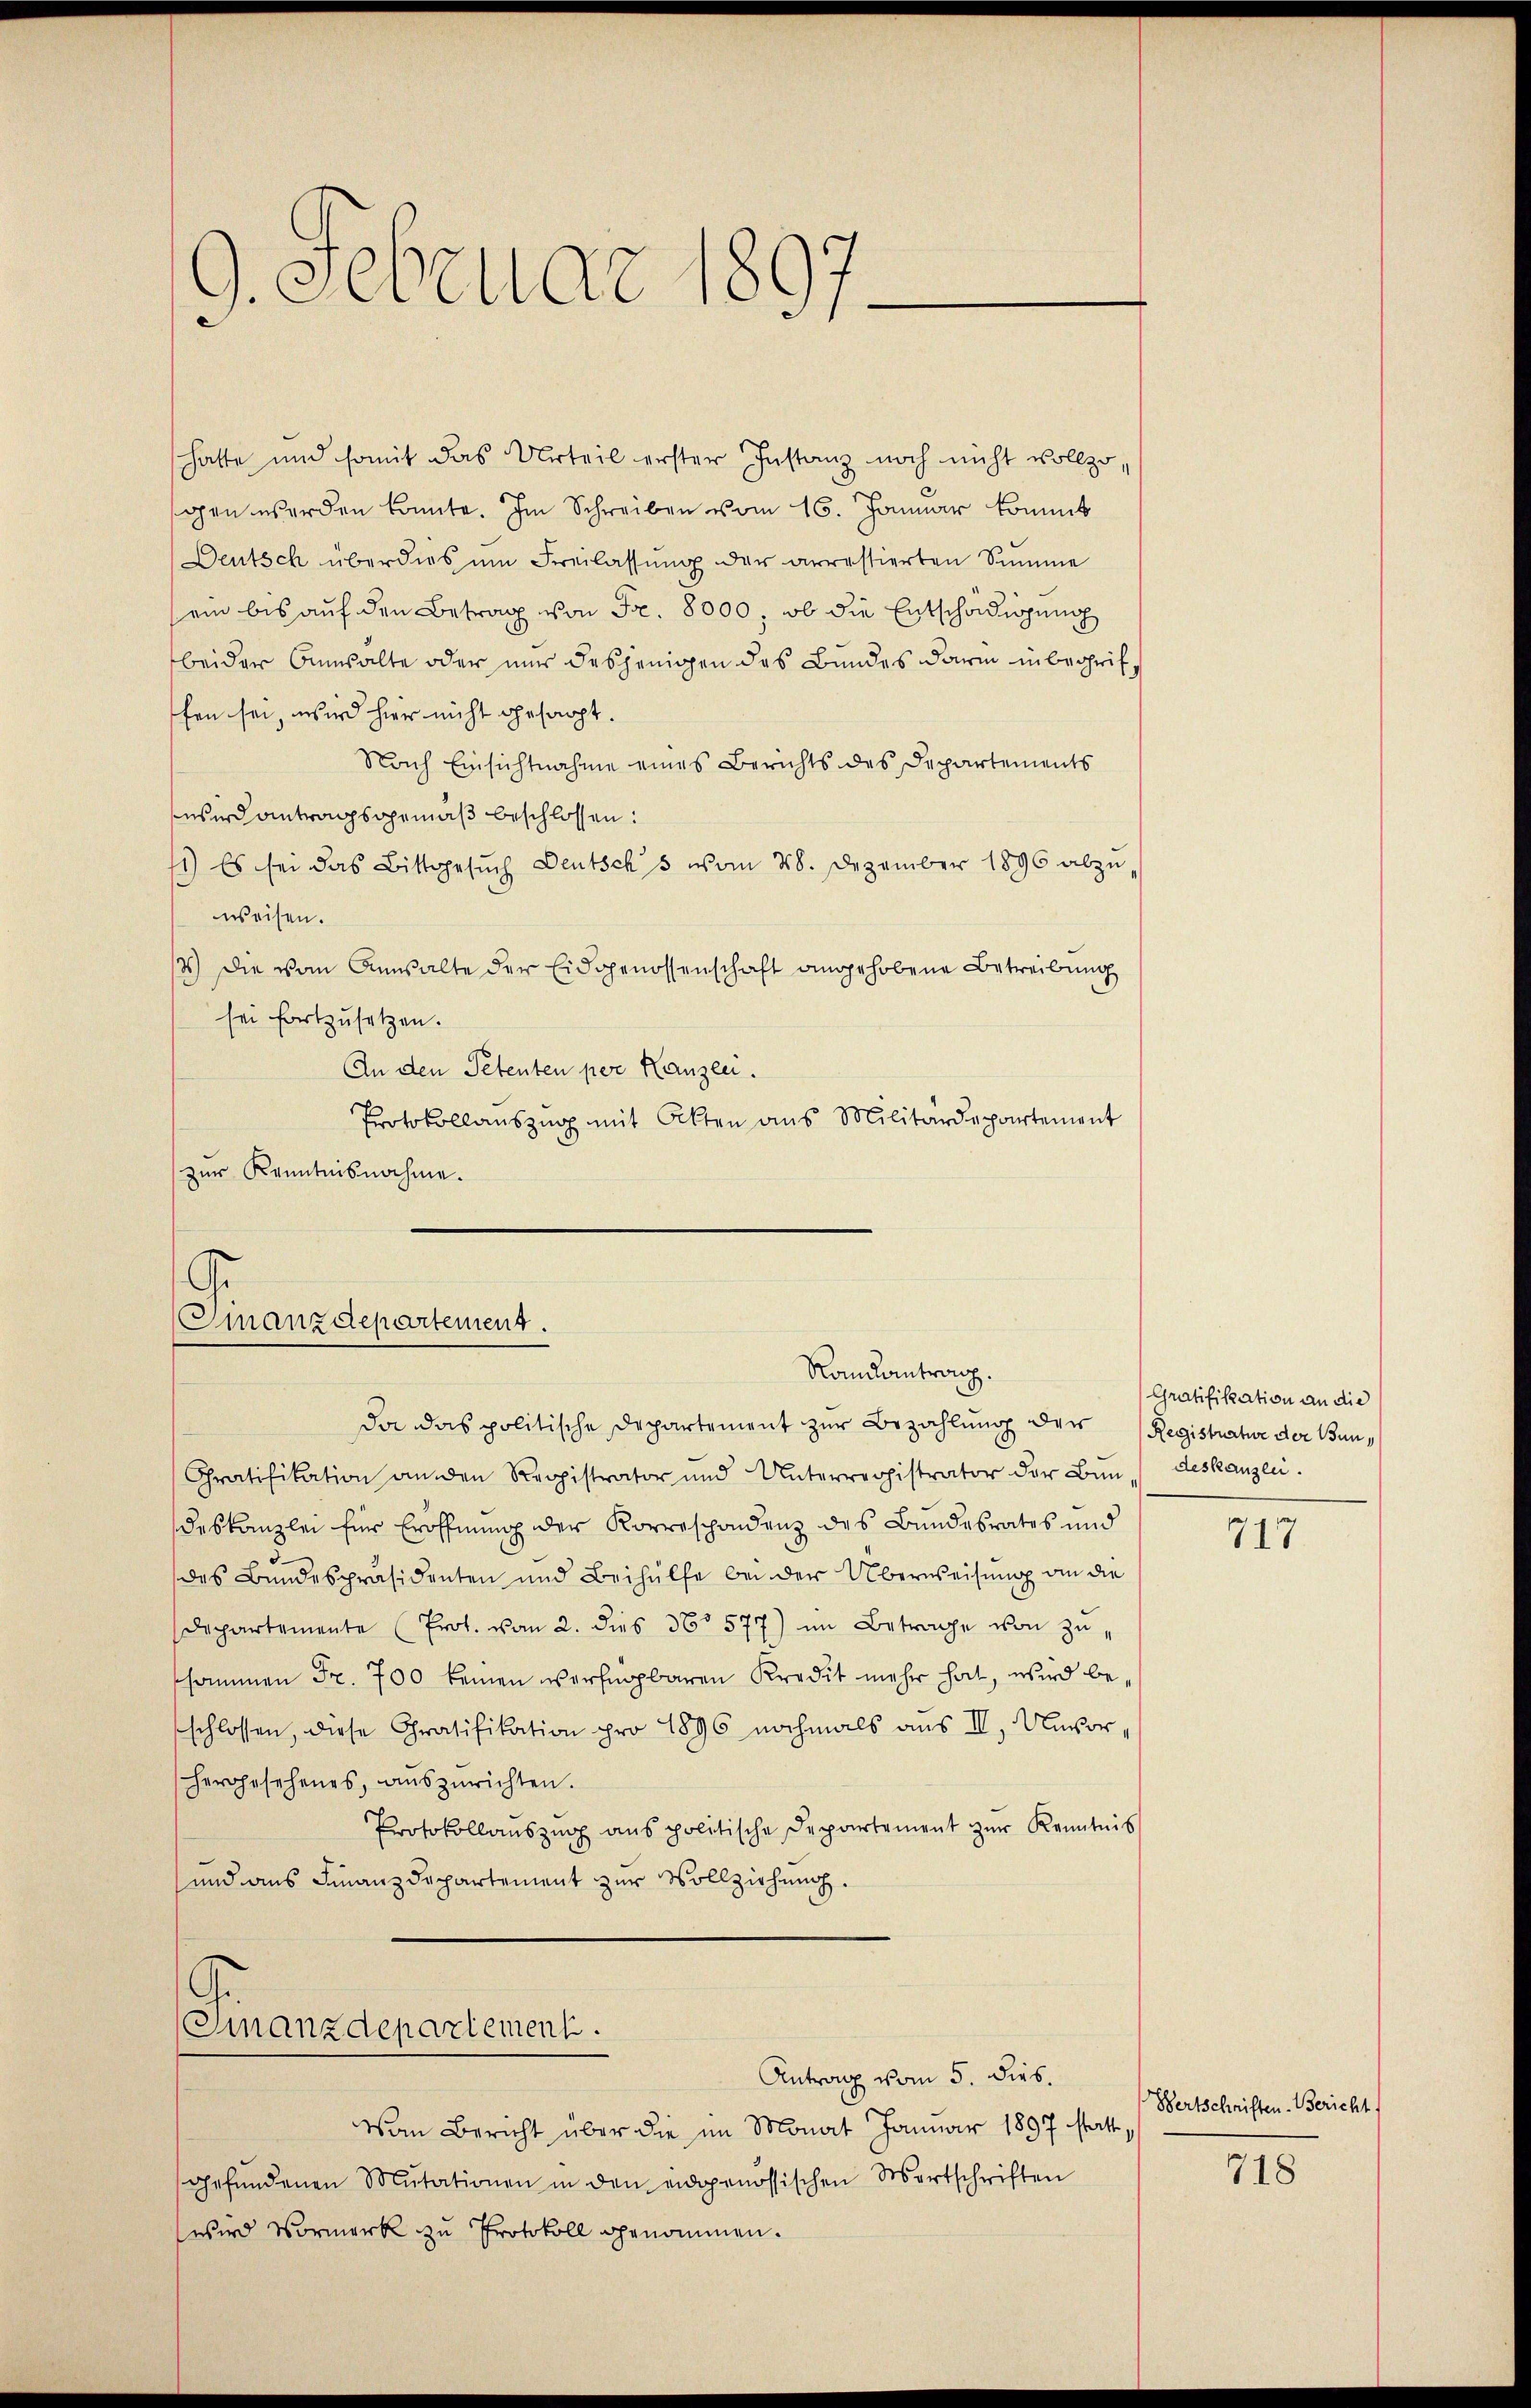
9. Februar 1897

hatte und somit das Urteil erster Instanz noch nicht vollzo
gen werden könnte. Im Schreiben vom 16. Januar kommt
Deutsch überdies um Freilassung der arrestierten Summe
ein bis auf den Betrag von Fr. 8000; ob die Entschädigung
beider Anwalte oder nur desjenigen das Bundes darin inbegriffen sei, wird hier nicht gesagt.
Nach Einsichtnahme eines Berichts des Departements
wird antragsgemäß beschlossen:
11) Es sei das Bittgesŭch Deutschs vom 28. Dezember 1896 abzŭ-
weisen.
12) Die vom Anwalte der Eidgenossenschaft angehobene Betreibung
sei fortzusetzen.
An den Petenten per Kanzlei.
Protokollaŭszŭg mit Akten ans Militärdepartement
zur Kenntnisnahme.

Finanzdepartement.
Randantrag.

Finanzdepartement.

Da das politische Departement zur Bezahlung der Registratur der Bun¬
Chratifikation an den Registrator und Unterregistrator der Bŭndeskanzlei.
deskanzlei für Eröffnung der Korrespondenz des Bundesrates und
des Bundespräsidenten und Beihülfe bei der Überweisung an die
Departemente (Prot. vom 2. dies No 577) im Betrage von zushammen Fr. 700 keinen verfügbaren Kredit mehr hat, wird beschlossen, diese Gratifikation pro 1896 nochmals aus II, Unvorhergesehenes, aŭszŭrichten.
Protokollaŭszŭg ans politische Departement zŭr Kenntnis
und aus Finanzdepartement zur Vollziehung.

Antrag vom 5. dies.
Van Bericht über die im Monat Januar 1897 statt
gefŭndenen Mutationen in den eidgenössischen Wortschriften
wird Vormerk zu Protokoll genommen.

Gratifikation an die

717.

Bertschriften. Bericht

718